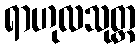
ရာဟုလသုတ္တ